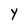
Character: Y